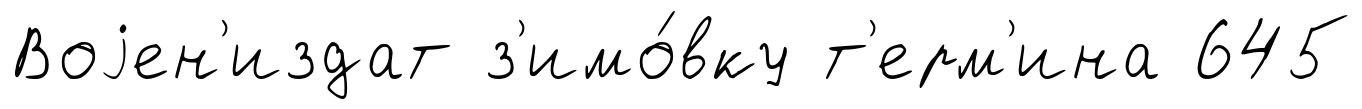
Воjен'издат з'имо́вку т'ерм'ина 645